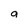
Character: a